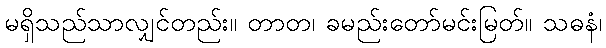
မရှိသည်သာလျှင်တည်း။ တာတ၊ ခမည်းတော်မင်းမြတ်။ သဓနံ၊